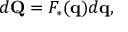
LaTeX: d \mathbf { Q } = F _ { * } ( \mathbf { q } ) d \mathbf { q } ,